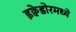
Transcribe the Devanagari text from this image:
इक्वेडोरमध्ये